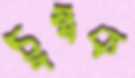
চুম্বক